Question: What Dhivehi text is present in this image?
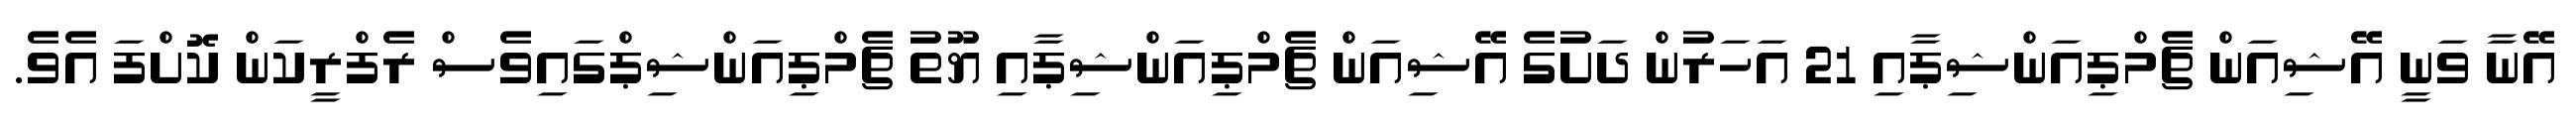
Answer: އޭނާ ވަނީ އޭޝިއަން ޗެމްޕިއަންޝިޕާއި 21 އަހަރުން ދަށުގެ އޭޝިއަން ޗެމްޕިއަންޝިޕާއި ޔޫތު ޗެމްޕިއަންޝިޕްގައިވެސް ރެފްރީކަން ކޮށްފަ އެވެ.